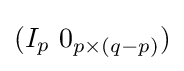
(I_{p}\ 0_{p\times (q-p)})